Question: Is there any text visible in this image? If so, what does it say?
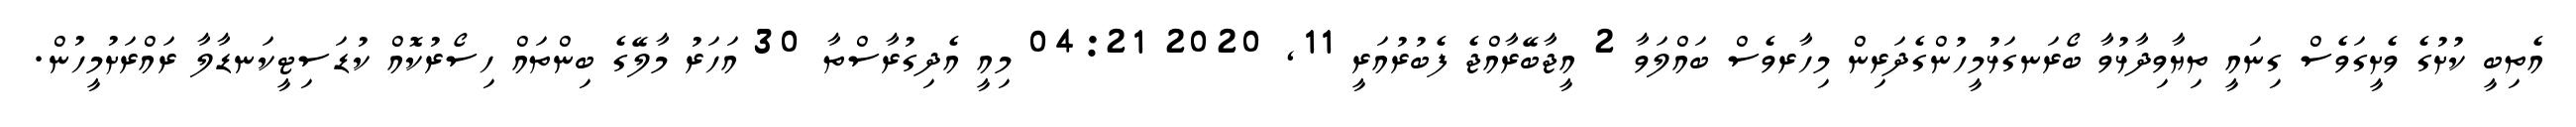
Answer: އެތިބީ ކުށުގެ ވެށީގަވެސް ގިނައީ ތިޔާވިދާޅުވާ ބޯރަނގަޅުމީހުންގެދަރިން މިހާރވެސް ބައްލަވާ 2 އީޖާބޭރާއްޖެ ފެބުރުއަރީ 11, 2020 04:21 މިއީ އެދިގުރާސްތާ 30 އަހަރު މާލޭގެ ބިންތައް ހިސޯރުކޮއް ކުޑަސިޓީކަނޑާލާ ރައްރަށުމީހުން.